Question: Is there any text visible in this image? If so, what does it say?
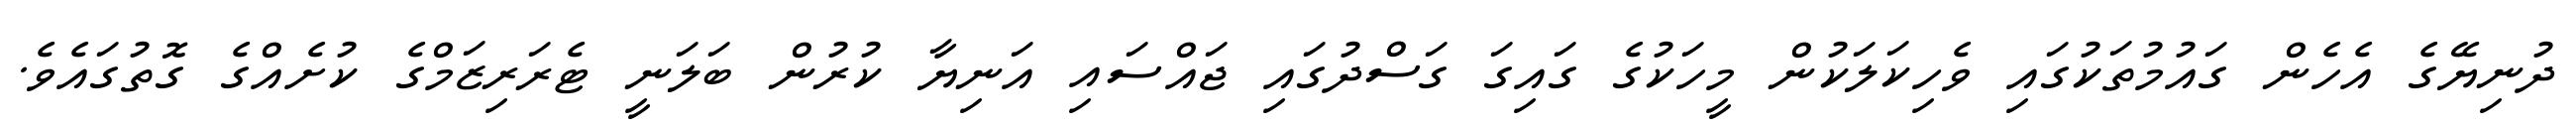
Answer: ދުނިޔޭގެ އެހެން ގައުމުތަކުގައި ވެހިކަލަކުން މީހަކުގެ ގައިގަ ގަސްދުގައި ޖައްސައި އަނިޔާ ކުރުން ބަލަނީ ޓެރަރިޒަމްގެ ކުށެއްގެ ގޮތުގައެވެ.